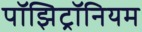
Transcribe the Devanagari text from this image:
पॉझिट्रॉनियम